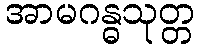
အာမဂန္ဓသုတ္တ